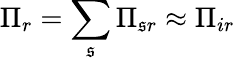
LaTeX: \Pi_{r}=\sum_{\mathfrak{s}}\Pi_{\mathfrak{s}r}\approx\Pi_{ir}